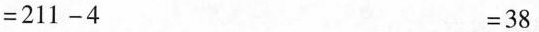
$$= 2 1 1 - 4$$ $$= 3 8$$